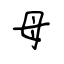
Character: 母